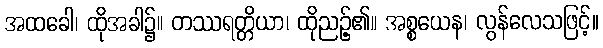
အထခေါ၊ ထိုအခါ၌။ တဿရတ္တိယာ၊ ထိုညဉ့်၏။ အစ္စယေန၊ လွန်လေသဖြင့်။